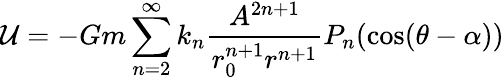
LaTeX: {\cal{U}}=-Gm\sum_{n=2}^{\infty}k_{n}{\frac{A^{2n+1}}{r_{0}^{n+1}r^{n+1}}}P_{n}(\cos(\theta-\alpha))